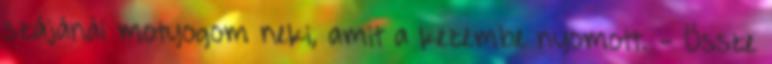
szájánál motyogom neki, amit a kezembe nyomott. - Össze